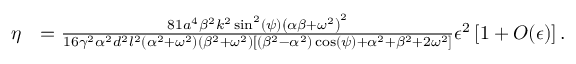
\begin{array} { r l } { \eta } & { = \frac { 8 1 a ^ { 4 } \beta ^ { 2 } k ^ { 2 } \sin ^ { 2 } ( \psi ) \left( \alpha \beta + \omega ^ { 2 } \right) ^ { 2 } } { 1 6 \gamma ^ { 2 } \alpha ^ { 2 } d ^ { 2 } l ^ { 2 } \left( \alpha ^ { 2 } + \omega ^ { 2 } \right) \left( \beta ^ { 2 } + \omega ^ { 2 } \right) \left[ \left( \beta ^ { 2 } - \alpha ^ { 2 } \right) \cos ( \psi ) + \alpha ^ { 2 } + \beta ^ { 2 } + 2 \omega ^ { 2 } \right] } \epsilon ^ { 2 } \left[ 1 + O ( \epsilon ) \right] . } \end{array}